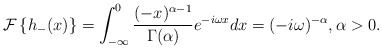
\begin{align*}\mathcal{F}\left\{ h_{-}(x)\right\} =\int_{-\infty}^{0}\frac{(-x)^{\alpha-1}}{\Gamma(\alpha)}e^{-i\omega x}dx=(-i\omega)^{-\alpha},\alpha>0.\end{align*}